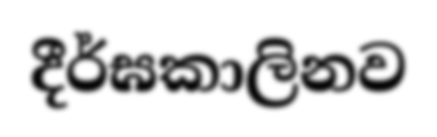
දීර්ඝකාලිනව